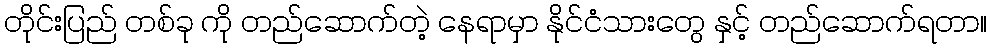
တိုင်းပြည် တစ်ခု ကို တည်ဆောက်တဲ့ နေရာမှာ နိုင်ငံသားတွေ နှင့် တည်ဆောက်ရတာ။